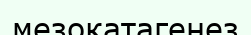
мезокатагенез